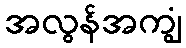
အလွန်အကျွံ